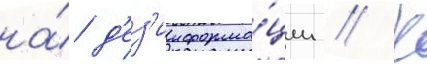
на́ д'ез'информа́ции // К